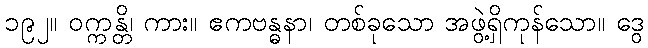
၁၉၂။ ဝက္ကန္တိ၊ ကား။ ဧကဗန္ဓနာ၊ တစ်ခုသော အဖွဲ့ရှိကုန်သော။ ဒွေ